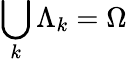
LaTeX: \bigcup_{k}\Lambda_{k}=\Omega